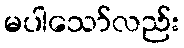
မပါသော်လည်း